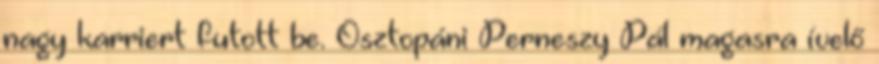
nagy karriert futott be. Osztopáni Perneszy Pál magasra ívelő